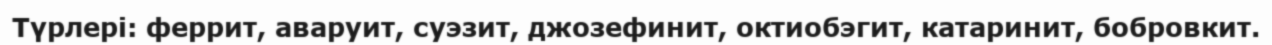
Түрлері: феррит, аваруит, суэзит, джозефинит, октиобэгит, катаринит, бобровкит.